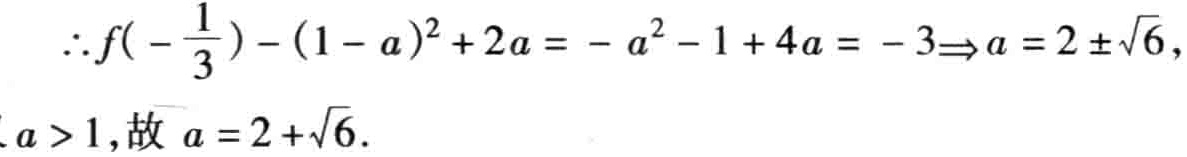
\(\therefore f(-\frac{1}{3})-(1 - a)^{2}+2a=-a^{2}-1 + 4a=-3\Rightarrow a = 2\pm\sqrt{6},\)
\(\because a>1,\text{故 }a = 2+\sqrt{6}.\)